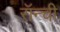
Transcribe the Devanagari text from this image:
रॉन्ची